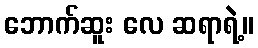
ဘောက်ဆူး လေ ဆရာရဲ့။